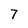
Character: 7